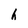
Character: h